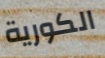
الكورية